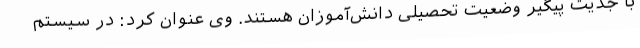
با جدیت پیگیر وضعیت تحصیلی دانش‌آموزان هستند. وی عنوان کرد: در سیستم